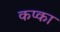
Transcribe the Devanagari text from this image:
कप्का